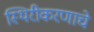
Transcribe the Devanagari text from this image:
स्थिरीकरणाचे